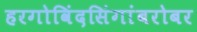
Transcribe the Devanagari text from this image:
हरगोविंदसिंगांबरोबर